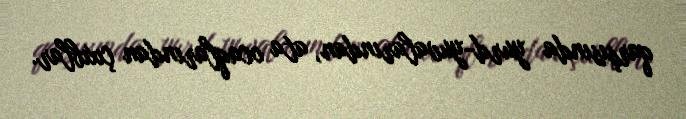
qarşısında yurd-yuvalarından, ata ocaqlarından çıxıblar.